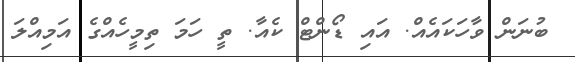
ބުނަން ވާހަކައެއް. އައި ޑޯންޓް ކެއާ. ތީ ހަމަ ތިމީހެއްގެ އަމިއްލަ